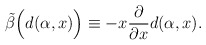
\begin{align*}\tilde\beta\Big(d(\alpha,x)\Big) \equiv- x\frac{\partial}{\partial x} d(\alpha,x).\end{align*}